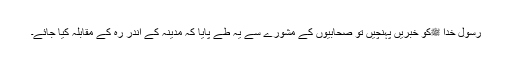
رسول خدا ﷺکو خبریں پہنچیں تو صحابیوں کے مشورے سے یہ طے پایا کہ مدینہ کے اندر رہ کے مقابلہ کیا جائے۔